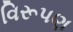
વિરૂપણ